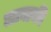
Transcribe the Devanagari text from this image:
लावाकी